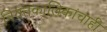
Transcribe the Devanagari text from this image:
नियतकालिकांचाही